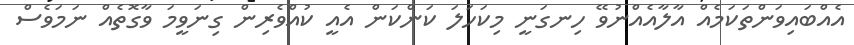
އެއްބައިވަންތަކަމެއް އާލާއެއްނުވޭ ހިނގަނީ މިކަހަލަ ކަންކަން އެއީ ކުއްވެރިން ގިނަވީމަ ވާގޮތެއް ނަމަވެސް